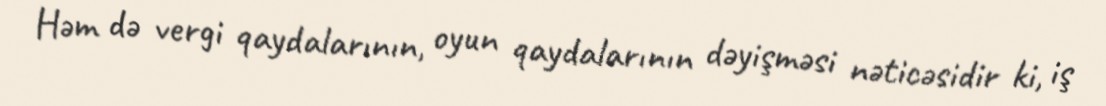
Həm də vergi qaydalarının, oyun qaydalarının dəyişməsi nəticəsidir ki, iş